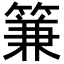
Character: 䈴